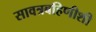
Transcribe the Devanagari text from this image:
सावत्रबहिणीशी